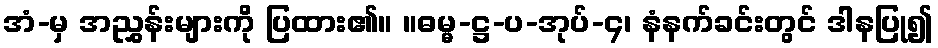
အံ-မှ အညွှန်းများကို ပြထား၏။ ။ဓမ္မ-ဋ္ဌ-ပ-အုပ်-၄၊ နံနက်ခင်းတွင် ဒါနပြု၍